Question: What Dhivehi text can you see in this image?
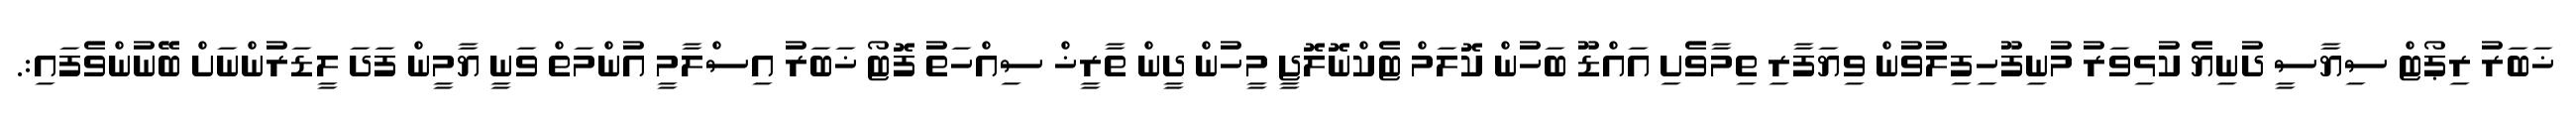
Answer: ޚަބަރު ރިޕޯޓް ސިޔާސީ ދުނިޔެ ކުޅިވަރު މުނިފޫހިފިލުވުން ވިޔަފާރި ތިމާވެށި އައްޑޫ ބަހުން ކޮލަމް ޓެކްނޮލޮޖީ މީހުން ދީން ތާރީޚް ސިއްހަތު ފޮޓޯ ޚަބަރު އިސްލާމީ އުންމަތް ވަނީ ޔާމީން ފަދަ ލީޑަރުންނަށް ބޭނުންވެފައި:.